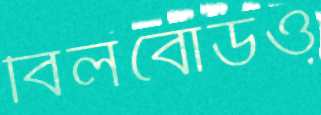
বিলবোর্ডও